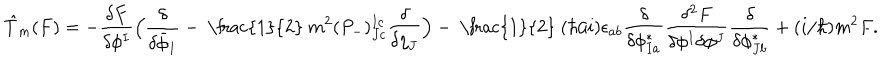
LaTeX: \hspace { - . 5 c m } \hat { T } _ { m } ( F ) = - \frac { \delta F } { \delta \phi ^ { I } } \Big ( \frac { \delta } { \delta \bar { \phi } _ { I } } - \mathrm { ~ \frac { 1 } { 2 } ~ } m ^ { 2 } ( P _ { - } ) _ { J c } ^ { I c } \frac { \delta } { \delta \eta _ { J } } \Big ) - \mathrm { ~ \frac { 1 } { 2 } ~ } ( \hbar / i ) \epsilon _ { a b } \frac { \delta } { \delta \phi _ { I a } ^ { * } } \frac { \delta ^ { 2 } F } { \delta \phi ^ { I } \delta \phi ^ { J } } \frac { \delta } { \delta \phi _ { J b } ^ { * } } + ( i / \hbar ) m ^ { 2 } F .